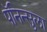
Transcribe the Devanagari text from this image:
पॅनिन्सुला